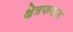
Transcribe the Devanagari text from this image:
क्षेत्रफलड